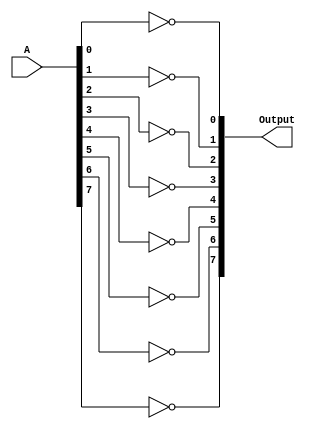
// One's compilement, no need of a ready or input
module ones_compliment (
    input [7:0] A, //input element
    output [7:0] Output
);

    assign Output[0]=A[0]^1;
    assign Output[1]=A[1]^1;
    assign Output[2]=A[2]^1;
    assign Output[3]=A[3]^1;
    assign Output[4]=A[4]^1;
    assign Output[5]=A[5]^1;
    assign Output[6]=A[6]^1;
    assign Output[7]=A[7]^1;

endmodule